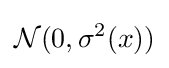
{\mathcal {N}}(0,\sigma ^{2}(x))